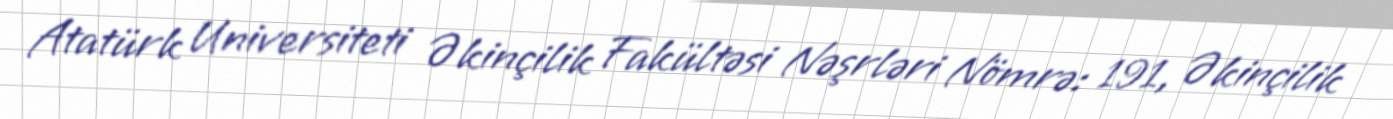
Atatürk Universiteti Əkinçilik Fakültəsi Nəşrləri Nömrə: 191, Əkinçilik